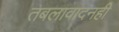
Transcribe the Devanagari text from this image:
तबलावादनही